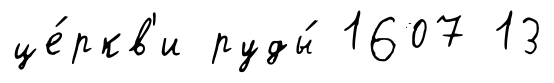
це́ркв'и руды́ 1607 13